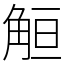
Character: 䚙